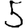
Digit: 5